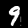
Digit: 9